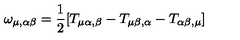
\omega _ { \mu , \alpha \beta } = \frac { 1 } { 2 } [ T _ { \mu \alpha , \beta } - T _ { \mu \beta , \alpha } - T _ { \alpha \beta , \mu } ]